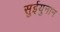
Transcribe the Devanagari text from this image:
सुईयुनान